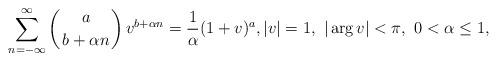
LaTeX: \begin{align*}\sum_{n=-\infty}^\infty \left({a\atop b+\alpha n}\right)v^{b+\alpha n}=\frac{1}{\alpha}(1+v)^a,|v|=1,~ |\arg v|<\pi,~ 0<\alpha\le 1 ,\end{align*}